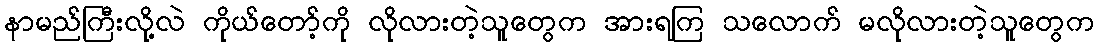
နာမည်ကြီးလို့လဲ ကိုယ်တော့်ကို လိုလားတဲ့သူတွေက အားရကြ သလောက် မလိုလားတဲ့သူတွေက